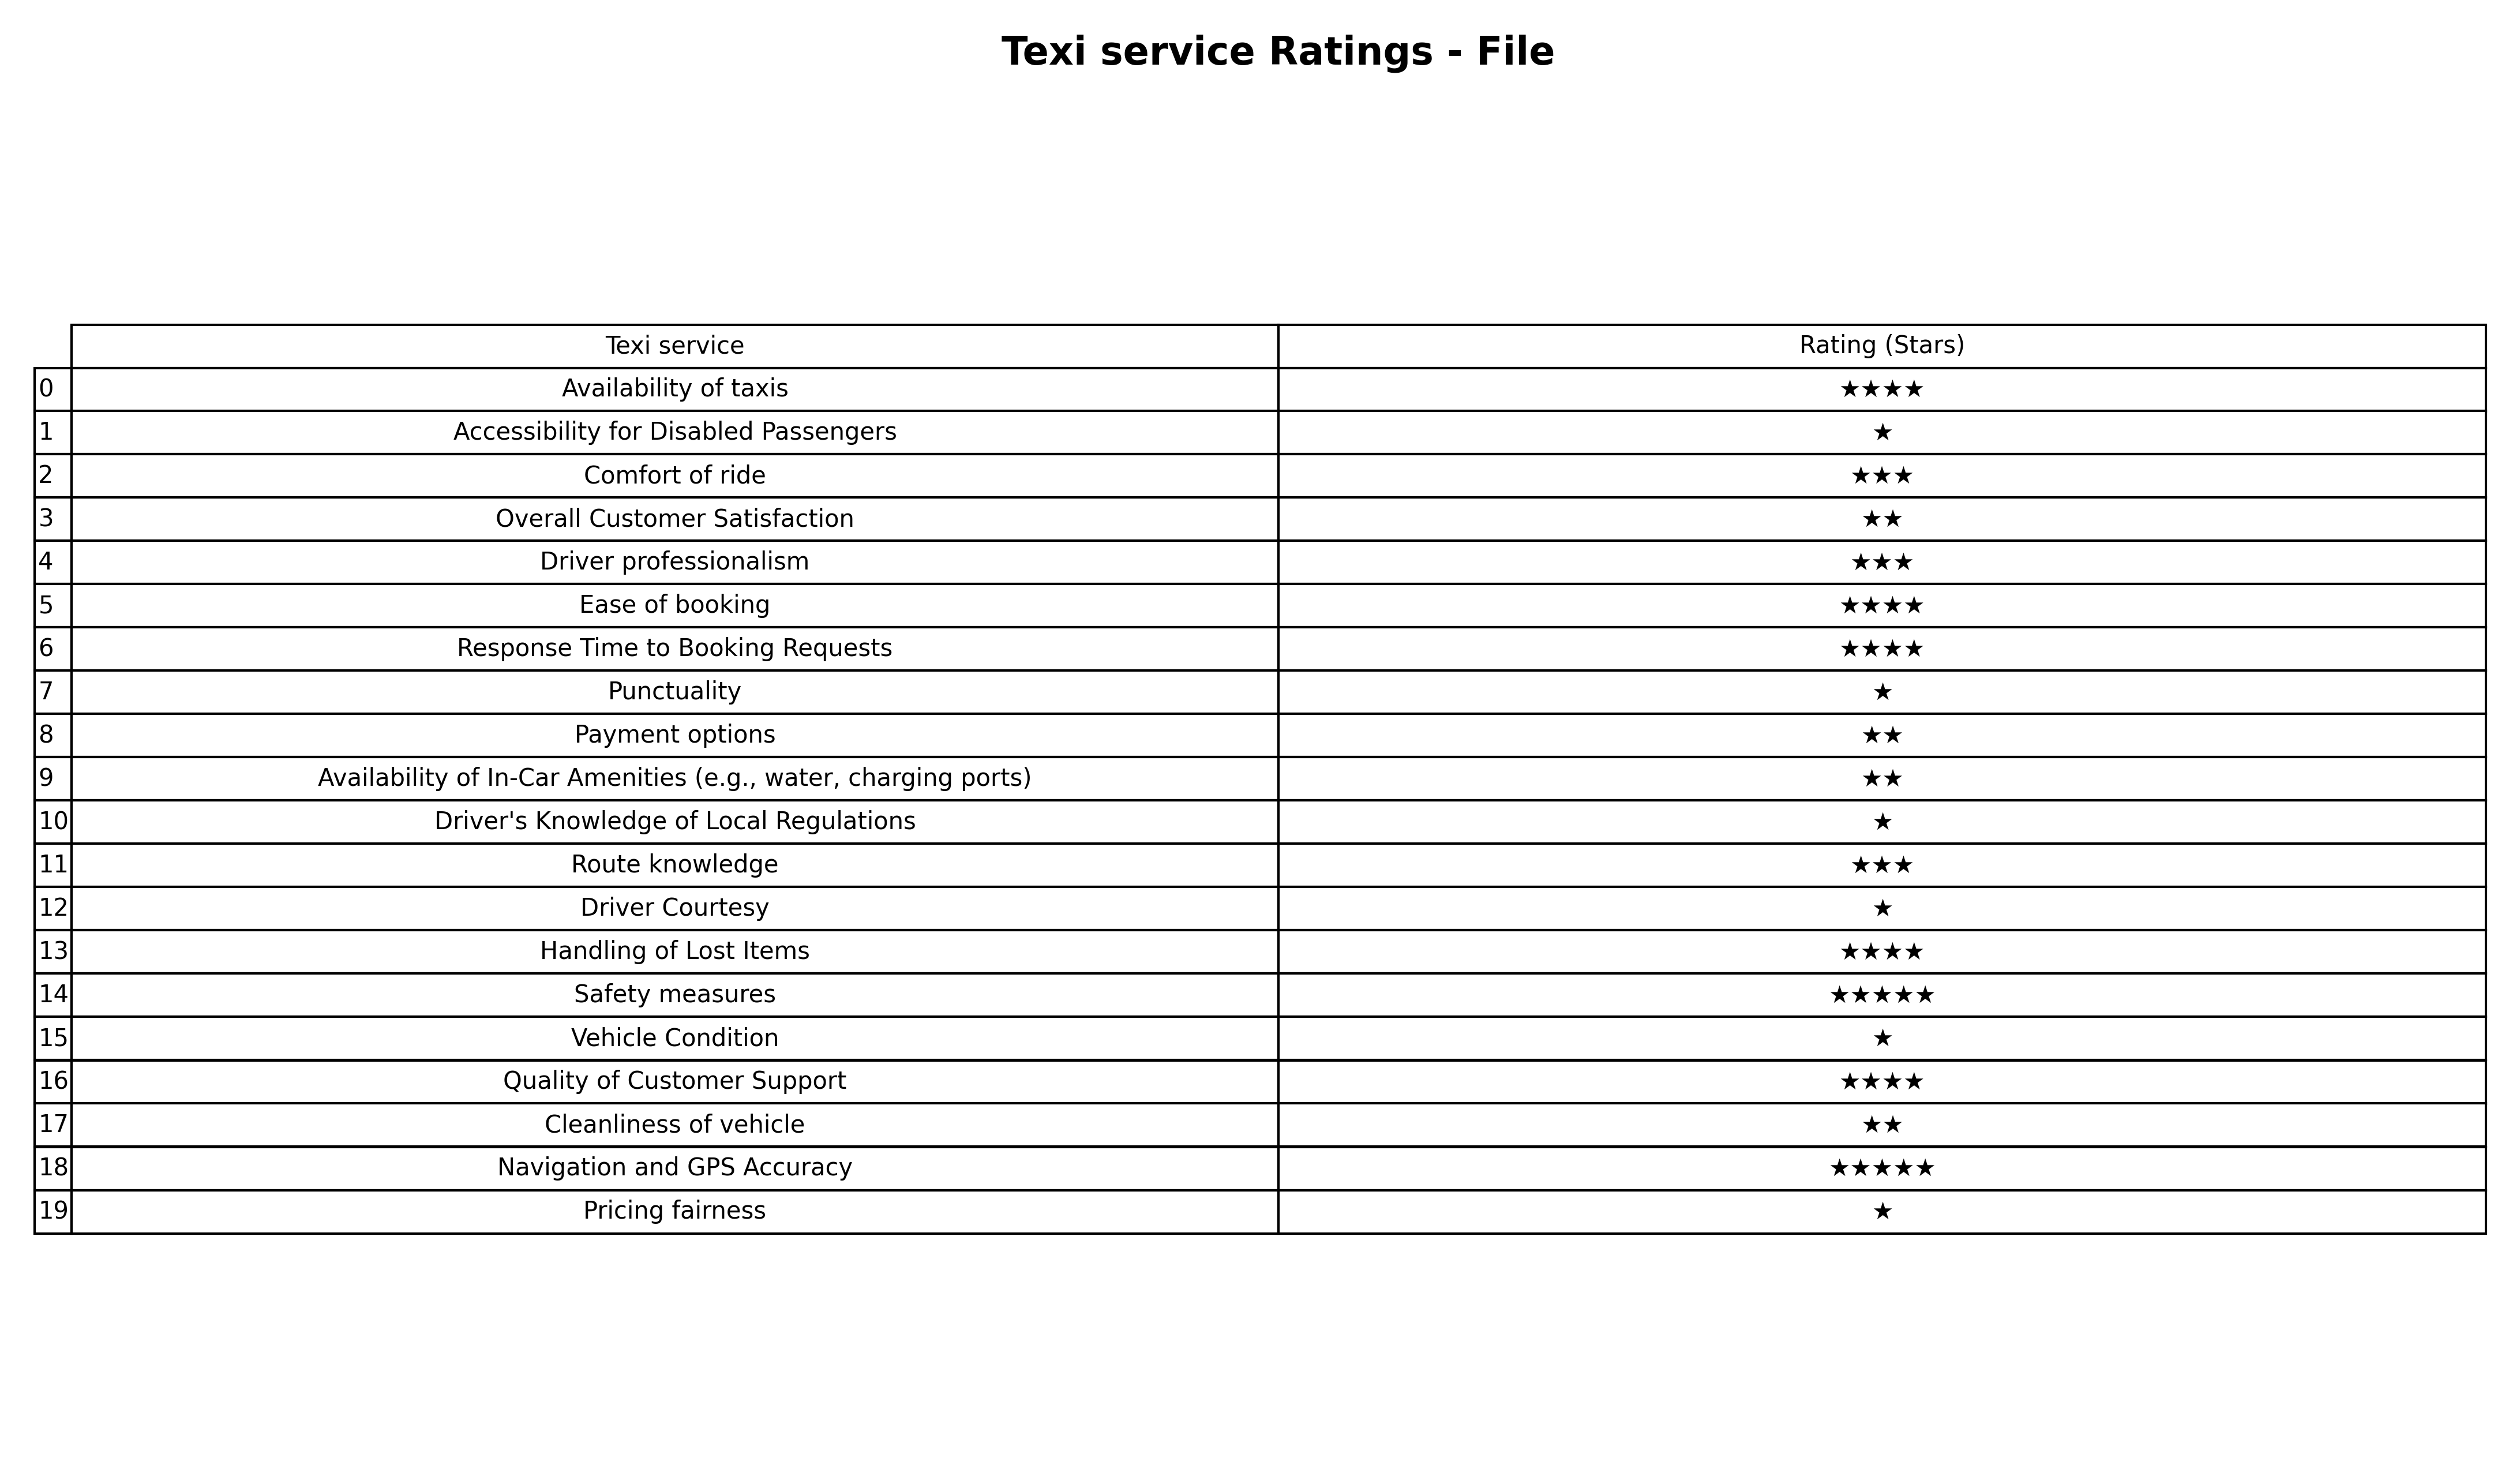
question: What are five star services?
answer: Safety measuresNavigation and GPS Accuracy